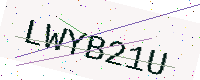
Text: LWYB21U